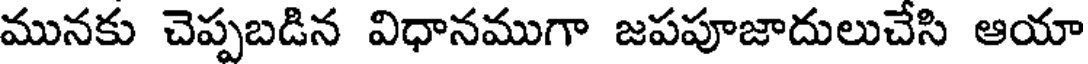
మునకు చెప్పబడిన విధానముగా జపపూజాదులుచేసి ఆయా